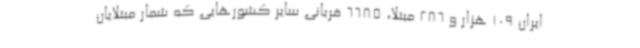
ایران 109 هزار و 286 مبتلا، 6685 قربانی سایر کشورهایی که شمار مبتلایان